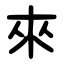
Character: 來